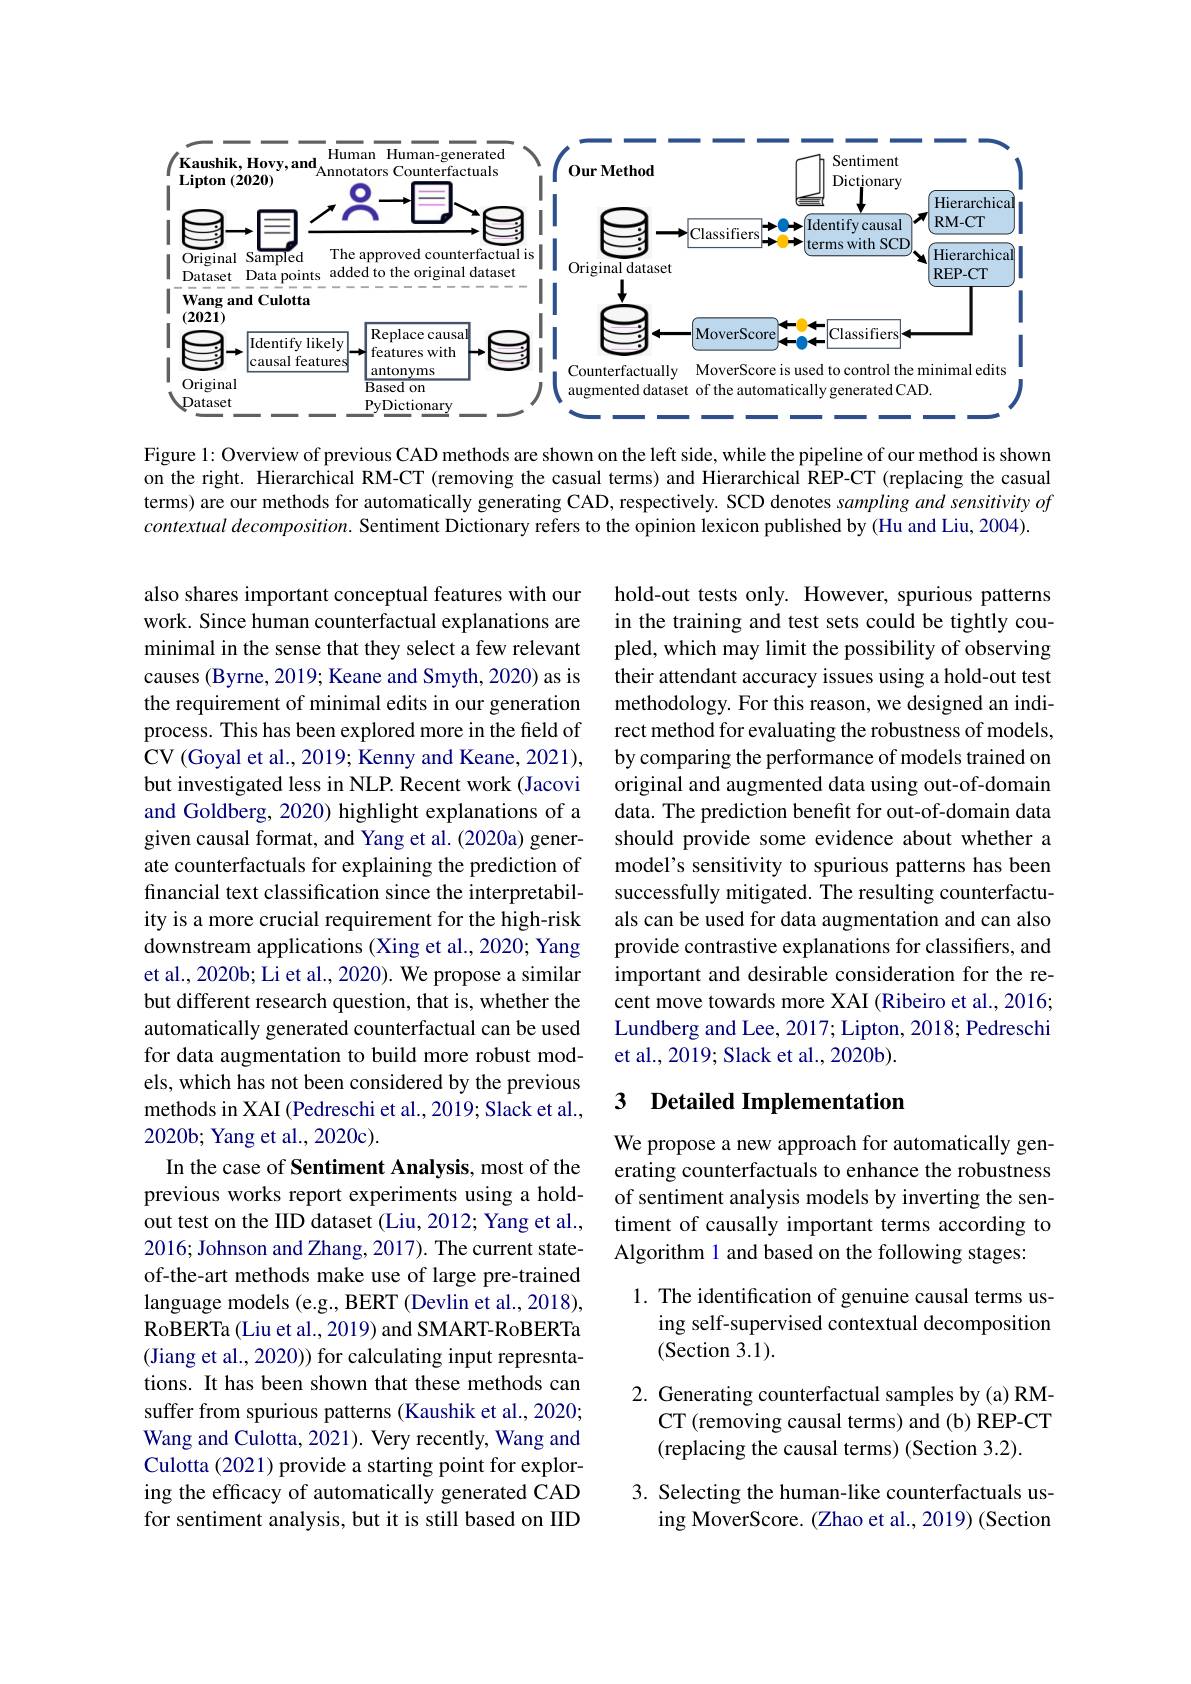
<FigureHere>

Figure 1: Overview of previous CAD methods are shown on the left side, while the pipeline of our method is shown on the right. Hierarchical RM-CT (removing the casual terms) and Hierarchical REP-CT (replacing the casual terms) are our methods for automatically generating CAD, respectively. SCD denotes sampling and sensitivity $of$ contextual decomposition. Sentiment Dictionary refers to the opinion lexicon published by (Hu and Liu, 2004).

hold-out tests only. However, spurious patterns in the training and test sets could be tightly coupled, which may limit the possibility of observing their attendant accuracy issues using a hold-out test methodology. For this reason, we designed an indirect method for evaluating the robustness of models, by comparing the performance of models trained on original and augmented data using out-of-domain data. The prediction benefit for out-of-domain data should provide some evidence about whether a model's sensitivity to spurious patterns has been successfully mitigated. The resulting counterfactuals can be used for data augmentation and can also provide contrastive explanations for classifiers, and important and desirable consideration for the recent move towards more XAI (Ribeiro et al., 2016; Lundberg and Lee, 2017; Lipton, 2018; Pedreschi et al., 2019; Slack et al., 2020b).

also shares important conceptual features with our work. Since human counterfactual explanations are minimal in the sense that they select a few relevant causes (Byrne, 2019; Keane and Smyth, 2020) as is the requirement of minimal edits in our generation process. This has been explored more in the field of CV (Goyal et al., 2019; Kenny and Keane, 2021), but investigated less in NLP. Recent work (Jacovi and Goldberg, 2020) highlight explanations of a given causal format, and Yang et al. (2020a) generate counterfactuals for explaining the prediction of financial text classification since the interpretability is a more crucial requirement for the high-risk $\dot{\text{downstream applications (Xing et al., 2020; Yang}}$ et al., 2020b; Li et al., 2020). We propose a similar but different research question, that is, whether the automatically generated counterfactual can be used for data augmentation to build more robust models, which has not been considered by the previous methods in XAI (Pedreschi et al., 2019; Slack et al., 2020b; Yang et al., 2020c).
In the case of Sentiment Analysis, most of the previous works report experiments using a holdout test on the IID dataset (Liu, 2012; Yang et al., 2016; Johnson and Zhang, 2017). The current stateof-the-art methods make use of large pre-trained language models (e.g., BERT (Devlin et al., 2018), RoBERTa (Liu et al., 2019) and SMART-RoBERTa (Jiang et al., 2020)) for calculating input represntations. It has been shown that these methods can suffer from spurious patterns (Kaushik et al., 2020; Wang and Culotta, 2021). Very recently, Wang and Culotta (2021) provide a starting point for exploring the efficacy of automatically generated CAD for sentiment analysis, but it is still based on IID

## 3 Detailed Implementation

We propose a new approach for automatically generating counterfactuals to enhance the robustness of sentiment analysis models by inverting the sentiment of causally important terms according to Algorithm 1 and based on the following stages:

1. The identification of genuine causal terms us-
ing self-supervised contextual decomposition
### (Section 3.1).

2. Generating counterfactual samples by (a) RM-
CT (removing causal terms) and (b) REP-CT
(replacing the causal terms) (Section 3.2).

3. Selecting the human-like counterfactuals us-
ing MoverScore. (Zhao et al., 2019) (Section